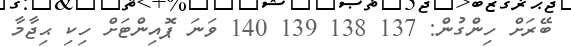
ބޭރަށް ހިންގުން: 137 138 139 140 ވަނަ ޕޮއިންޓަށް ހިކި ޙިޖާމާ